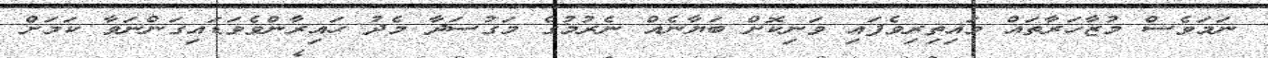
ނަމަވެސް މުޒާހަރާތައް މައިތިރިވެފައި ވަނިކޮށް ބަޔާނެއް ނެރުމުގެ މަގުސަދާ މެދު ހައިރާންވެވަޑައިގަންނަވާ ކަމަށް